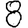
Digit: 8